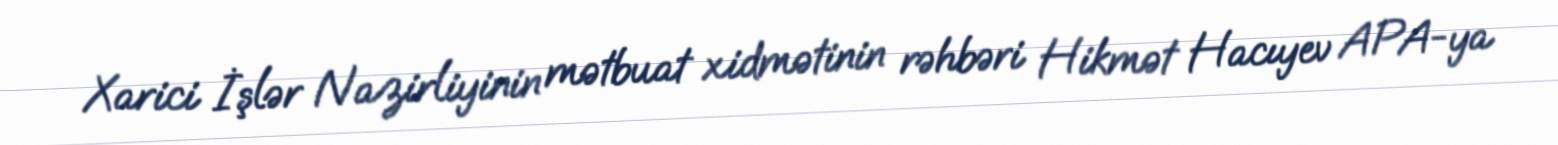
Xarici İşlər Nazirliyinin mətbuat xidmətinin rəhbəri Hikmət Hacıyev APA-ya